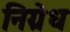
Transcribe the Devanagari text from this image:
निग्रेध